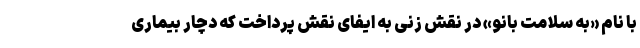
با نام «به سلامت بانو» در نقش زنی به ایفای نقش پرداخت که دچار بیماری